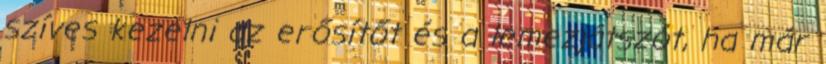
szíves kezelni az erősítőt és a lemezjátszót, ha már